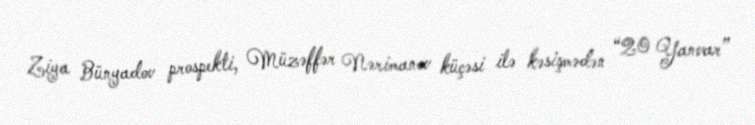
Ziya Bünyadov prospekti, Müzəffər Nərimanov küçəsi ilə kəsişmədən “20 Yanvar”